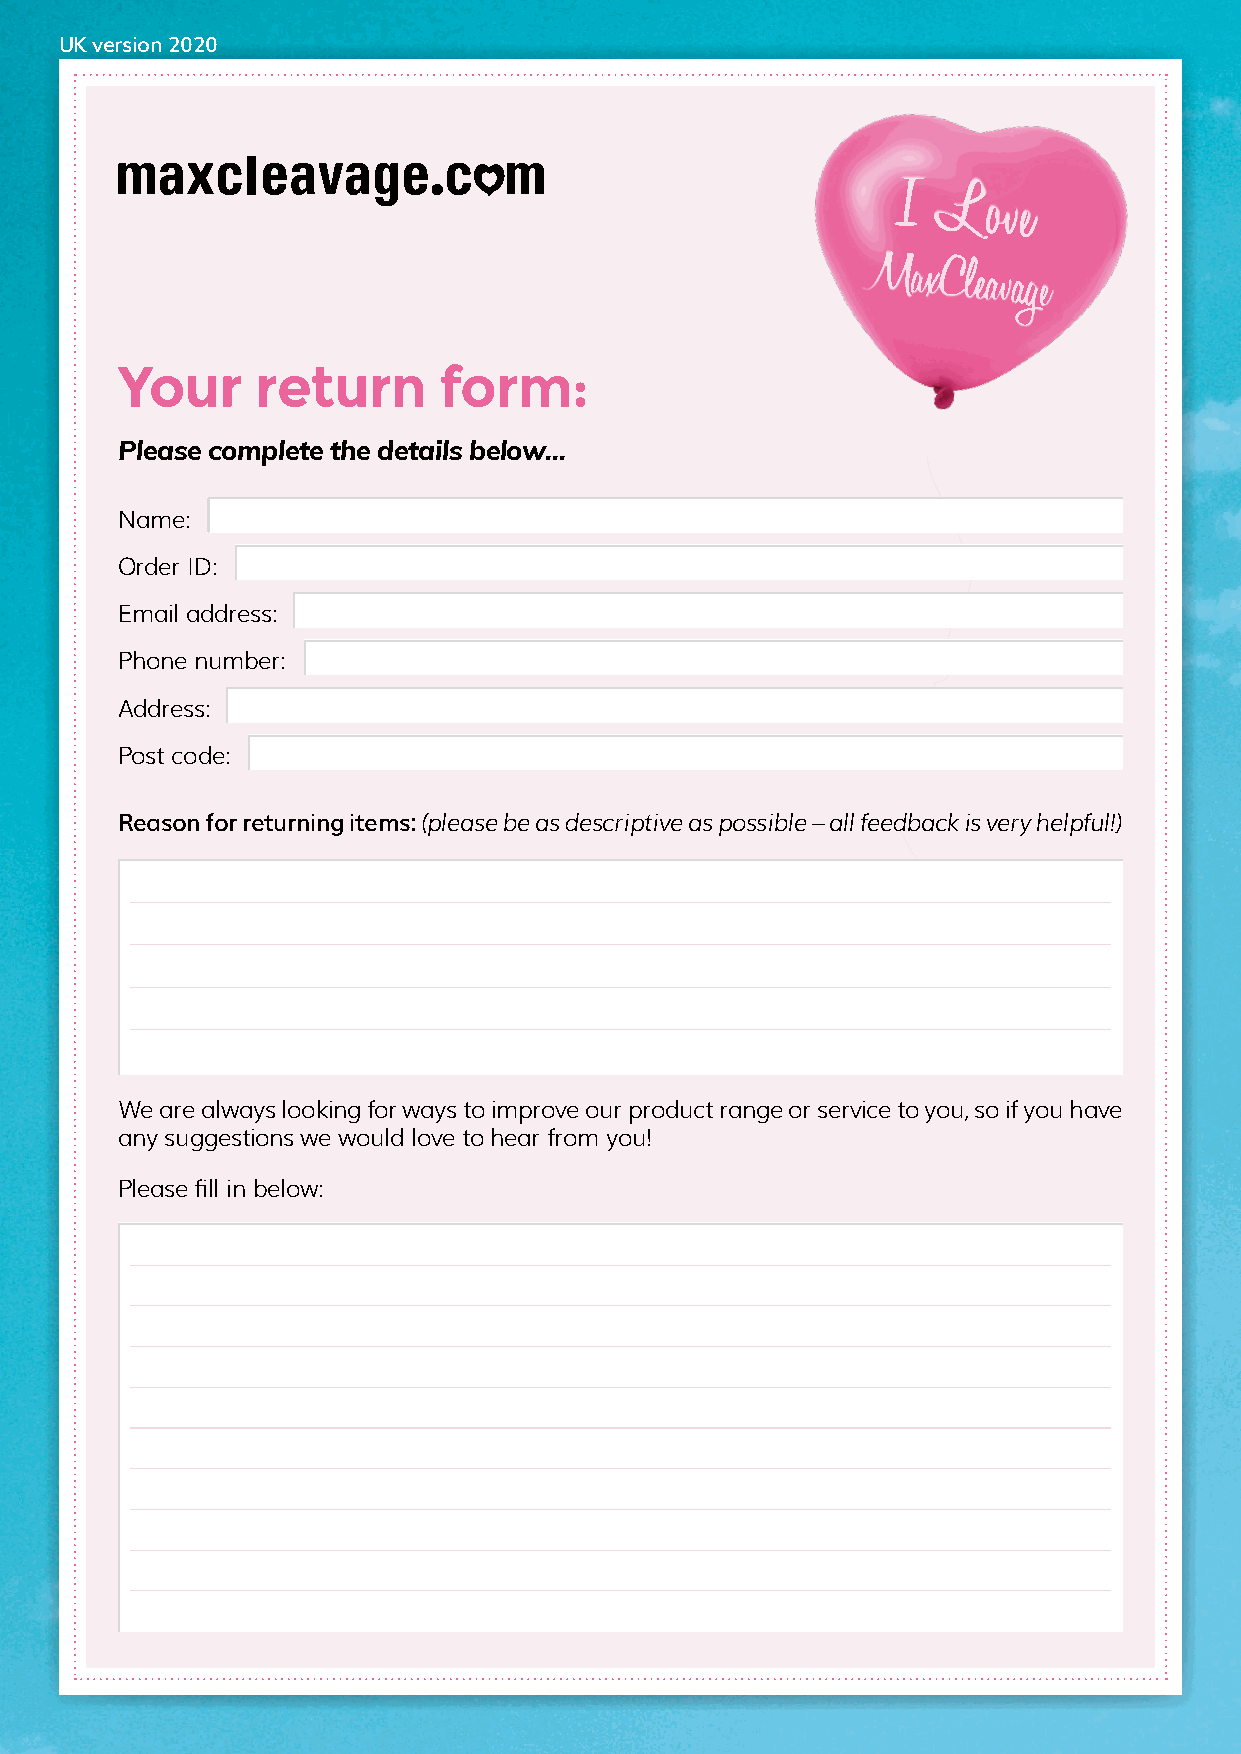
UK version 2020
 I
 Love
 MaxCleavage
 Your     return      form:
 Please complete the details below...
 Name:
 Order ID:
 Email address:
 Phone number:
 Address:
 Post code:
 Reason for returning items: (please be as descriptive as possible – all feedback is very helpful!)
 We are always looking for ways to improve our product range or service to you, so if you have
 any suggestions we would love to hear from you!
 Please fill in below: